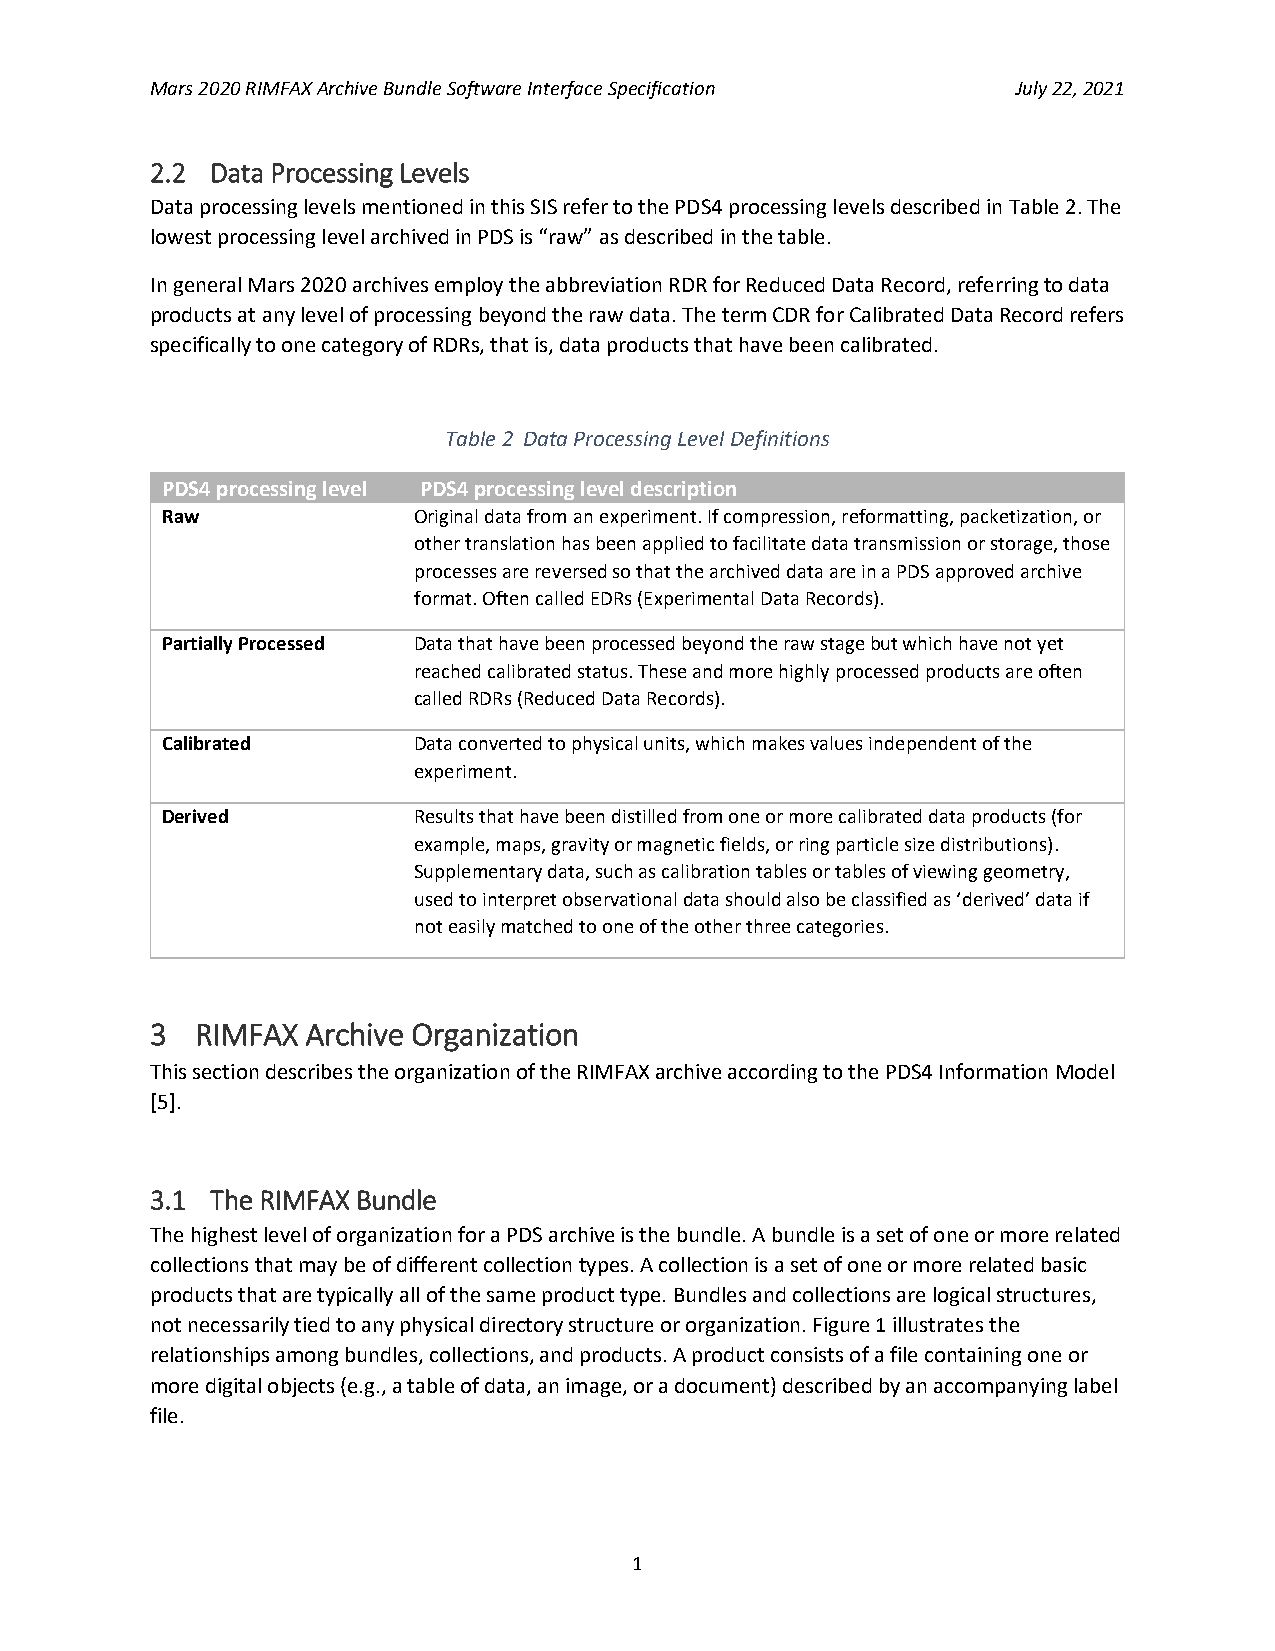
Mars 2020 RIMFAX Archive Bundle Software Interface Specification July 22, 2021
 2.2 Data Processing Levels
 Data processing levels mentioned in this SIS refer to the PDS4 processing levels described in Table 2. The
 lowest processing level archived in PDS is “raw” as described in the table.
 In general Mars 2020 archives employ the abbreviation RDR for Reduced Data Record, referring to data
 products at any level of processing beyond the raw data. The term CDR for Calibrated Data Record refers
 specifically to one category of RDRs, that is, data products that have been calibrated.
 Table 2 Data Processing Level Definitions
 PDS4 processing level PDS4 processing level description
 Raw             Original data from an experiment. If compression, reformatting, packetization, or
 other translation has been applied to facilitate data transmission or storage, those
 processes are reversed so that the archived data are in a PDS approved archive
 format. Often called EDRs (Experimental Data Records).
 Partially Processed Data that have been processed beyond the raw stage but which have not yet
 reached calibrated status. These and more highly processed products are often
 called RDRs (Reduced Data Records).
 Calibrated      Data converted to physical units, which makes values independent of the
 experiment.
 Derived         Results that have been distilled from one or more calibrated data products (for
 example, maps, gravity or magnetic fields, or ring particle size distributions).
 Supplementary data, such as calibration tables or tables of viewing geometry,
 used to interpret observational data should also be classified as ‘derived’ data if
 not easily matched to one of the other three categories.
 3  RIMFAX Archive Organization
 This section describes the organization of the RIMFAX archive according to the PDS4 Information Model
 [5].
 3.1 The RIMFAX Bundle
 The highest level of organization for a PDS archive is the bundle. A bundle is a set of one or more related
 collections that may be of different collection types. A collection is a set of one or more related basic
 products that are typically all of the same product type. Bundles and collections are logical structures,
 not necessarily tied to any physical directory structure or organization. Figure 1 illustrates the
 relationships among bundles, collections, and products. A product consists of a file containing one or
 more digital objects (e.g., a table of data, an image, or a document) described by an accompanying label
 file.
 1